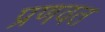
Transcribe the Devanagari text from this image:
प्रणवत